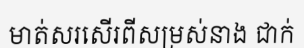
មាត់សរសើរពីសម្រស់នាង ជាក់